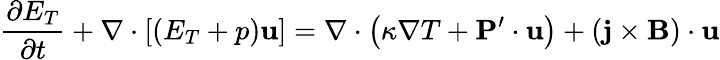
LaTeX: \frac{{\partial{E_{T}}}}{{\partial t}}+\nabla\cdot\left[{\left({{E_{T}}+p}\right){\mathbf{u}}}\right]=\nabla\cdot\left({\kappa\nabla T+{\mathbf{P}}^{\prime}\cdot{\mathbf{u}}}\right)+\left({{\mathbf{j}}\times{\mathbf{B}}}\right)\cdot{\mathbf{u}}